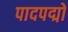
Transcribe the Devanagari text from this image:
पादपद्मों